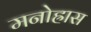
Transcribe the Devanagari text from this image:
मनोह्रास